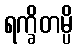
ရက္ခိတမ္ပိ